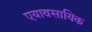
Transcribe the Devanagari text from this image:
एयावसायिक